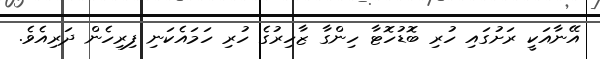
އޭނާއަކީ ރަށުގައި ހުރި ބޮޑުހޮޓާ ހިންގާ ޒާހިރުގެ ހުރި ހަމައެކަނި ފިރިހެން ދަރިއެވެ.